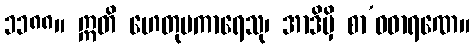
၁၁၈၈။ ဣတိ ဟေတုပကာရေသု၊ အာဒိမှိ စာ’ဝဓာရဏေ။